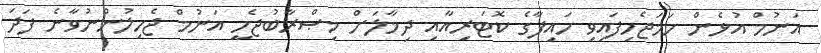
އަނުމް އުޅެން ހަމަޖެހިފައިވި ހައިފާގެ ކޮޓަރިއާއި ދިމާލަށް މިޞްރާބުޖެހީ އަނުމް ޖެހިލުންނުވާނެ ފަދަ